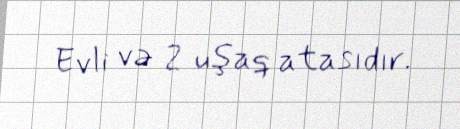
Evli və 2 uşaq atasıdır.